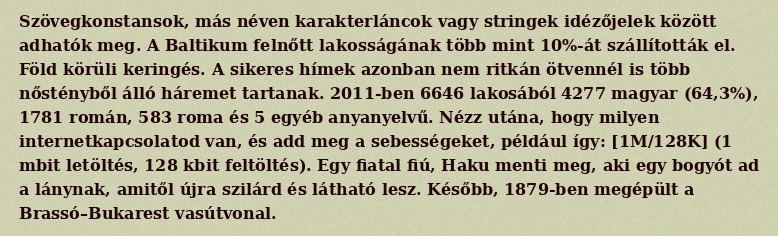
Szövegkonstansok, más néven karakterláncok vagy stringek idézőjelek között adhatók meg. A Baltikum felnőtt lakosságának több mint 10%-át szállították el. Föld körüli keringés. A sikeres hímek azonban nem ritkán ötvennél is több nőstényből álló háremet tartanak. 2011-ben 6646 lakosából 4277 magyar (64,3%), 1781 román, 583 roma és 5 egyéb anyanyelvű. Nézz utána, hogy milyen internetkapcsolatod van, és add meg a sebességeket, például így: [1M/128K] (1 mbit letöltés, 128 kbit feltöltés). Egy fiatal fiú, Haku menti meg, aki egy bogyót ad a lánynak, amitől újra szilárd és látható lesz. Később, 1879-ben megépült a Brassó–Bukarest vasútvonal.